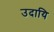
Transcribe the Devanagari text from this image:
उदायि